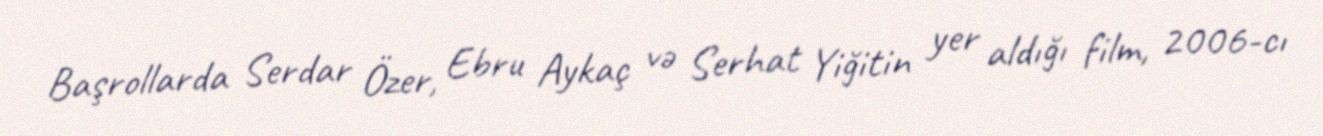
Başrollarda Serdar Özer, Ebru Aykaç və Serhat Yiğitin yer aldığı film, 2006-cı